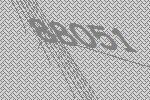
88051